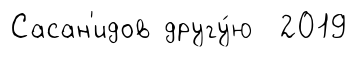
Сасан'идов другу́ю 2019